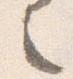
之